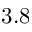
3 . 8